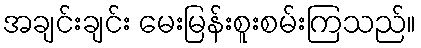
အချင်းချင်း မေးမြန်းစူးစမ်းကြသည်။